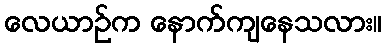
လေယာဉ်က နောက်ကျနေသလား။